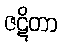
ဇဋိတာ